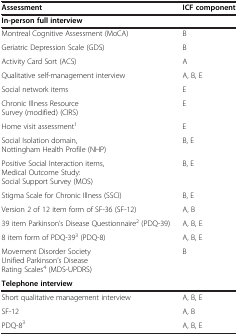
| Assessment | ICF component |
 | --- | --- |
 | In-person full interview |  |
 | Montreal Cognitive Assessment (MoCA) | B |
 | Geriatric Depression Scale (GDS) | B |
 | Activity Card Sort (ACS) | A |
 | Qualitative self-management interview | A, B, E |
 | Social network items | E |
 | Chronic Illness Resource Survey (modified) (CIRS) | E |
 | Home visit assessment1 | E |
 | Social Isolation domain, Nottingham Health Profile (NHP) | B, E |
 | Positive Social Interaction items, Medical Outcome Study: Social Support Survey (MOS) | B, E |
 | Stigma Scale for Chronic Illness (SSCI) | B, E |
 | Version 2 of 12 item form of SF-36 (SF-12) | A, B |
 | 39 item Parkinson’s Disease Questionnaire2 (PDQ-39) | A, B, E |
 | 8 item form of PDQ-393 (PDQ-8) | A, B, E |
 | Movement Disorder Society Unified Parkinson’s Disease Rating Scales4 (MDS-UPDRS) | B |
 | Telephone interview |  |
 | Short qualitative management interview | A, B, E |
 | SF-12 | A, B |
 | PDQ-83 | A, B, E |